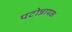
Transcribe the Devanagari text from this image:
पटोन्नायक